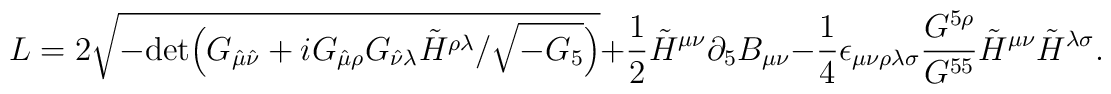
L = 2 \sqrt{- {\rm det} \Big(G_{\hat\mu \hat\nu} + i G_{\hat\mu\rho} G_{\hat\nu\lambda} \tilde{H}^{\rho\lambda} / \sqrt{-G_5}\Big)}+ {1\over 2} \tilde{H}^{\mu\nu} \partial_5 B_{\mu\nu}- {1\over 4} \epsilon_{\mu\nu\rho\lambda\sigma} {G^{5\rho}\over G^{55}}\tilde{H}^{\mu\nu} \tilde{H}^{\lambda\sigma} .